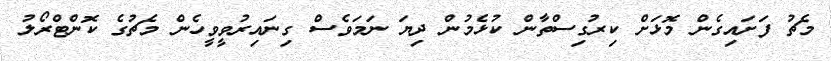
މެޗު ފަށައިގެން މޮޅަށް ކިރުގިސްތާން ކުޅެމުން ދިޔަ ނަމަވެސް ގިނައިރުވީވީހެން މެޗުގެ ކޮންޓްރޯލު